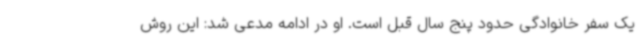
یک سفر خانوادگی حدود پنج سال قبل است. او در ادامه مدعی شد: این روش